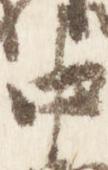
中